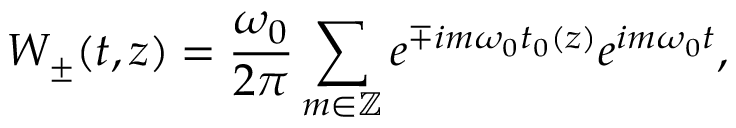
W _ { \pm } ( t , z ) = \frac { \omega _ { 0 } } { 2 \pi } \sum _ { m \in \mathbb { Z } } e ^ { \mp i m \omega _ { 0 } t _ { 0 } ( z ) } e ^ { i m \omega _ { 0 } t } ,